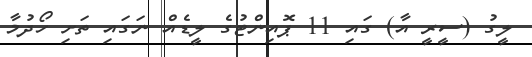
ލީގު (ސީރީ އާ) ގައި 11 ޕޮއިންޓުގެ ލީޑެއް ނަގައި ތަށި ހޯދުމާ